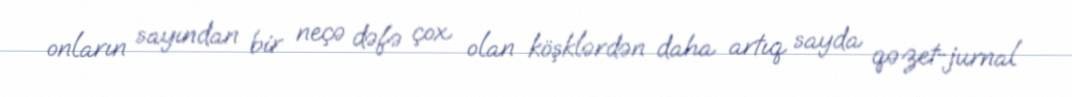
onların sayından bir neçə dəfə çox olan köşklərdən daha artıq sayda qəzet-jurnal